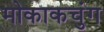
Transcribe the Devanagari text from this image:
मोकाकचुंग